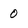
Character: 0